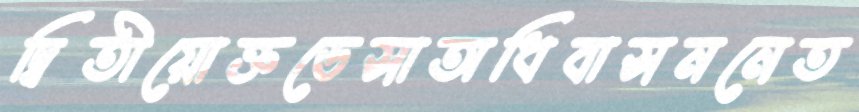
দ্বিতীয়োক্তডেসাঅধিবাসননেত